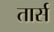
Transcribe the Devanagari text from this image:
तार्स